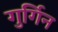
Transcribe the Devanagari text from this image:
गुर्गिन